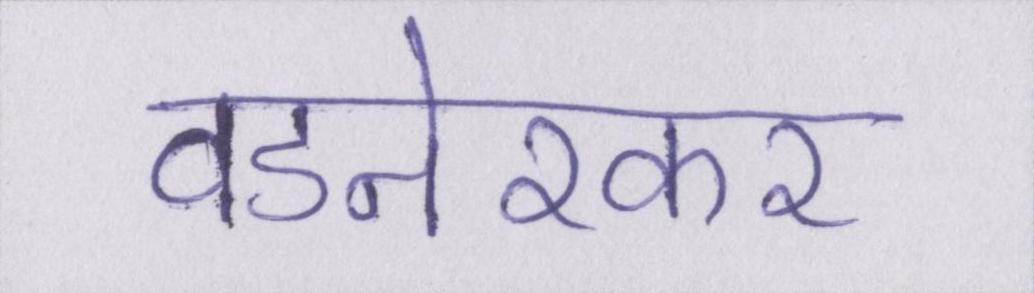
वडनेरकर